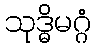
သုဒ္ဓိမဂ္ဂံ